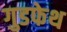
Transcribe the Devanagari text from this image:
गुडफेथ